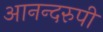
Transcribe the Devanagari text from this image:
आनन्दरुपी